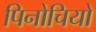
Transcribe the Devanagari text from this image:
पिनोचियो